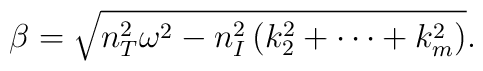
\beta = \sqrt{ n_T^2 \omega^2 - n_I^2\left(k_2^2+\cdots+k_m^2	\right)}.